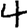
Digit: 4